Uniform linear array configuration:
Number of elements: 48
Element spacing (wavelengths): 0.75
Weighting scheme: uniform
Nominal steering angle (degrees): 30
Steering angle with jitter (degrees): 28.765
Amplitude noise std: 0.05
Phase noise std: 0.05

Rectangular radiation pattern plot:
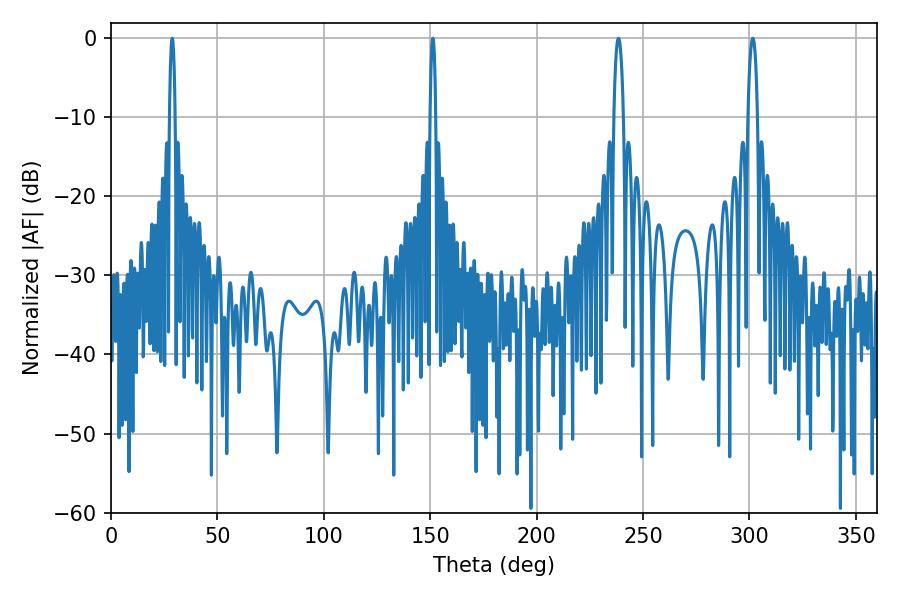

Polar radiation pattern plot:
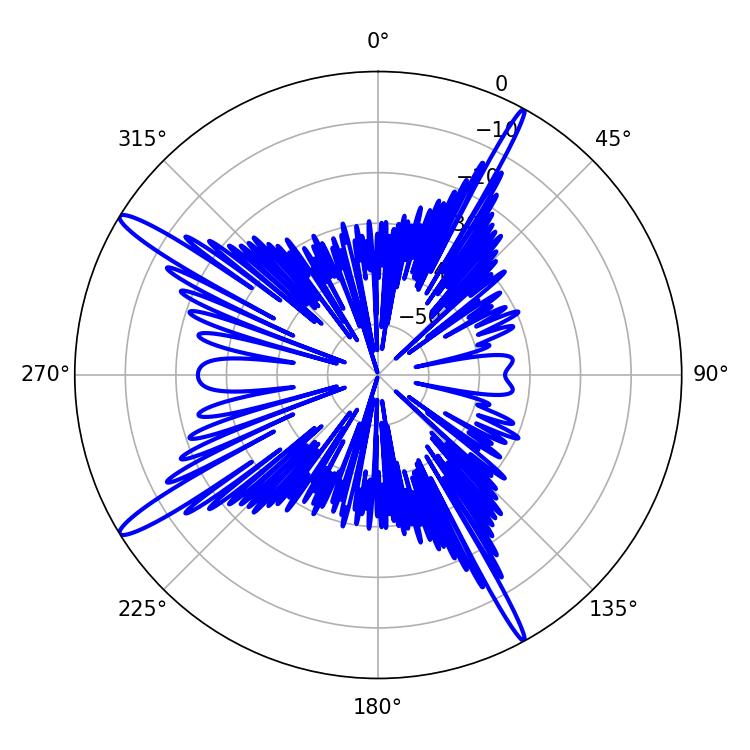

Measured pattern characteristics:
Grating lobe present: TRUE
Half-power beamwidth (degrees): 1.44
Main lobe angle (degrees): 28.8